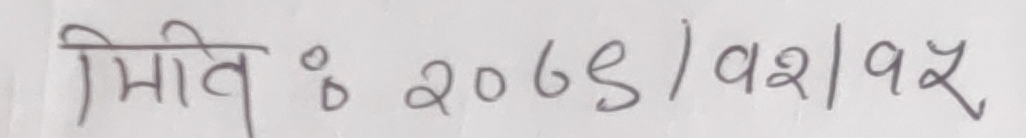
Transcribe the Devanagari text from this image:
मिति : २०६५/१२/१२